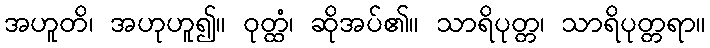
အဟူတိ၊ အဟုဟူ၍။ ဝုတ္ထံ၊ ဆိုအပ်၏။ သာရိပုတ္တ၊ သာရိပုတ္တရာ။